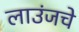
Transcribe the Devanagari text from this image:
लाउंजचे